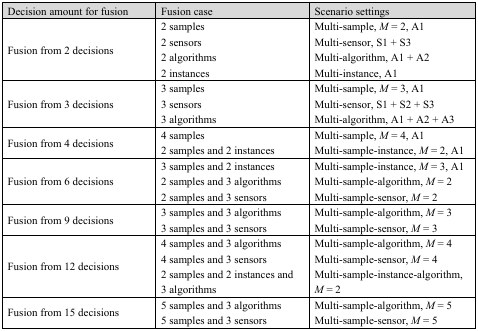
| Decision amount for fusion | Fusion case | Scenario settings |
 | --- | --- | --- |
 | <ROWSPAN=4> Fusion from 2 decisions | 2 samples | Multi-sample, M = 2, A1 |
 | 2 sensors | Multi-sensor, S1 + S3 |
 | 2 algorithms | Multi-algorithm, A1 + A2 |
 | 2 instances | Multi-instance, A1 |
 | <ROWSPAN=3> Fusion from 3 decisions | 3 samples | Multi-sample, M = 3, A1 |
 | 3 sensors | Multi-sensor, S1 + S2 + S3 |
 | 3 algorithms | Multi-algorithm, A1 + A2 + A3 |
 | <ROWSPAN=2> Fusion from 4 decisions | 4 samples | Multi-sample, M = 4, A1 |
 | 2 samples and 2 instances | Multi-sample-instance, M = 2, A1 |
 | <ROWSPAN=3> Fusion from 6 decisions | 3 samples and 2 instances | Multi-sample-instance, M = 3, A1 |
 | 2 samples and 3 algorithms | Multi-sample-algorithm, M = 2 |
 | 2 samples and 3 sensors | Multi-sample-sensor, M = 2 |
 | <ROWSPAN=2> Fusion from 9 decisions | 3 samples and 3 algorithms | Multi-sample-algorithm, M = 3 |
 | 3 samples and 3 sensors | Multi-sample-sensor, M = 3 |
 | <ROWSPAN=3> Fusion from 12 decisions | 4 samples and 3 algorithms | Multi-sample-algorithm, M = 4 |
 | 4 samples and 3 sensors | Multi-sample-sensor, M = 4 |
 | 2 samples and 2 instances and 3 algorithms | Multi-sample-instance-algorithm, M = 2 |
 | <ROWSPAN=2> Fusion from 15 decisions | 5 samples and 3 algorithms | Multi-sample-algorithm, M = 5 |
 | 5 samples and 3 sensors | Multi-sample-sensor, M = 5 |